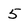
Character: 5